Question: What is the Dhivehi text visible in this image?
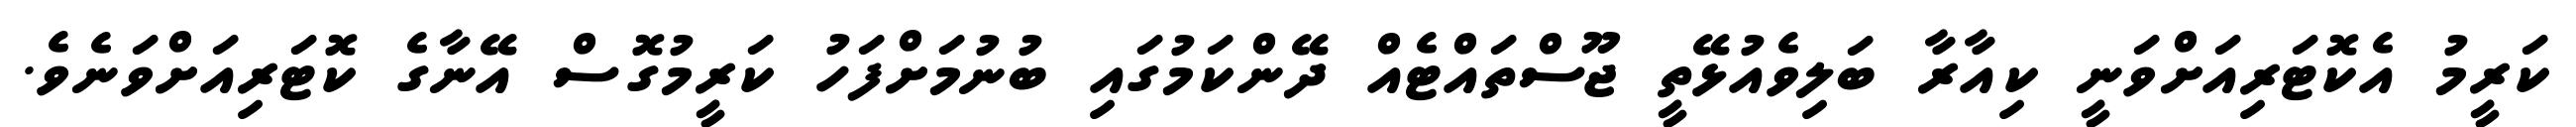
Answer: ކަރީމު އެކޮޓަރިއަށްވަނީ ކިއާރާ ބަލިވެއުޅޭތީ ޖޫސްތައްޓެއް ދޭންކަމުގައި ބުނުމަށްފަހު ކަރީމުގޮސް އޭނާގެ ކޮޓަރިއަށްވަނެވެ.